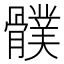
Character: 𩪛